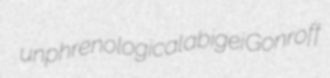
unphrenological abigei Gonroff